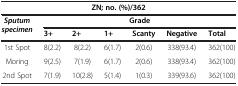
| <COLSPAN=7> ZN; no. (%)/362 |
 | <ROWSPAN=2> Sputum specimen | <COLSPAN=6> Grade |
 | 3+ | 2+ | 1+ | Scanty | Negative | Total |
 | --- | --- | --- | --- | --- | --- | --- |
 | 1st Spot | 8(2.2) | 8(2.2) | 6(1.7) | 2(0.6) | 338(93.4) | 362(100) |
 | Moring | 9(2.5) | 7(1.9) | 6(1.7) | 2(0.6) | 338(93.4) | 362(100) |
 | 2nd Spot | 7(1.9) | 10(2.8) | 5(1.4) | 1(0.3) | 339(93.6) | 362(100) |